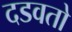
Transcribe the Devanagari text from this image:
दडवतो